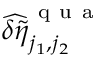
\widehat { \delta \tilde { \eta } } _ { j _ { 1 } , j _ { 2 } } ^ { \mathrm { ~ q ~ u ~ a ~ } }